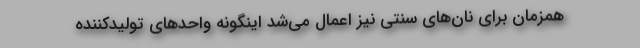
همزمان برای نان‌های سنتی نیز اعمال می‌شد اینگونه واحدهای تولیدکننده